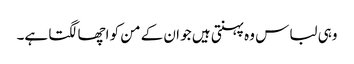
وہی لباس وہ پہنتی ہیں جو ان کے من کو اچھا لگتا ہے۔